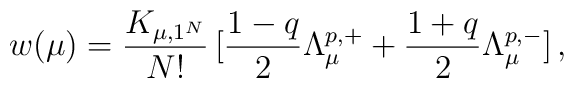
w(\mu) = \frac{K_{\mu,1^N}}{N!}\,[\frac{1-q}{2}\Lambda^{p,+}_{\mu} + \frac{1+q}{2} \Lambda^{p,-}_{\mu}]\,,